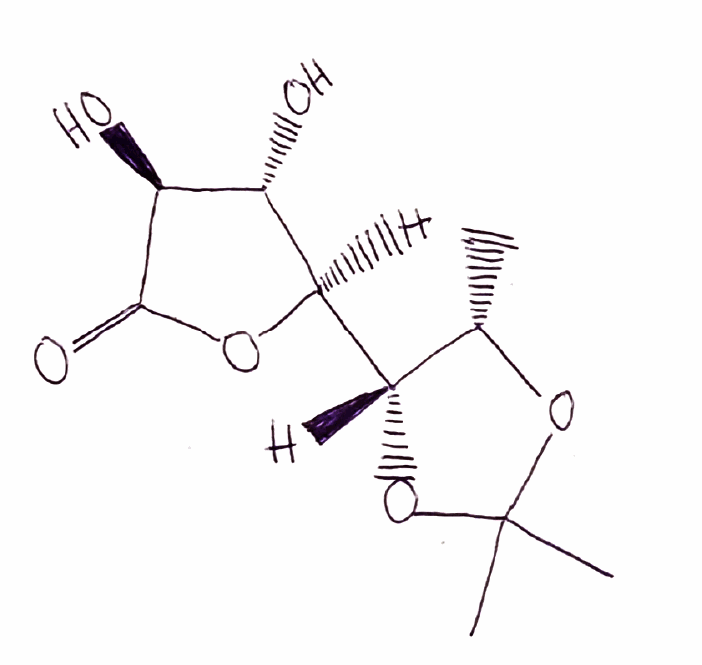
Simplified molecular-input line-entry system (SMILES) notation of the given molecule:
C[C@H]1[C@H](OC(O1)(C)C)[C@@H]2[C@H]([C@@H](C(=O)O2)O)O